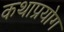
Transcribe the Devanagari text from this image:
कथाप्रयोग